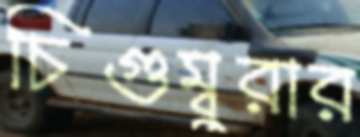
চিগুম্বুরার